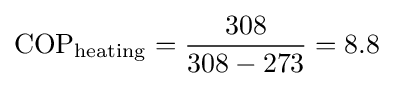
{\rm {COP}}_{\rm {heating}}={\frac {308}{308-273}}=8.8